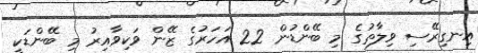
އިނގިރޭސި ވިލާތުގެ މި ބޭންޑުން 22 އަހަރުގެ ޒޭން ވަކިވާއިރު މި ބޭންޑަކީ